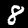
Digit: 8